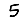
Digit: 5